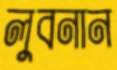
লুবনান